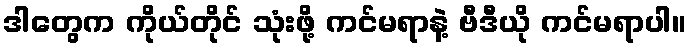
ဒါတွေက ကိုယ်တိုင် သုံးဖို့ ကင်မရာနဲ့ ဗီဒီယို ကင်မရာပါ။